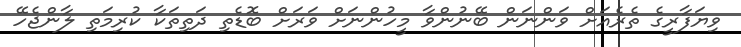
ވިޔަފާރީގެ ތެރެއަށް ވަންނަން ބޭނުންވާ މީހުންނަށް ވަރަށް ބޮޑެތި ދަތިތަކާ ކުރިމަތި ލާންޖެހޭ